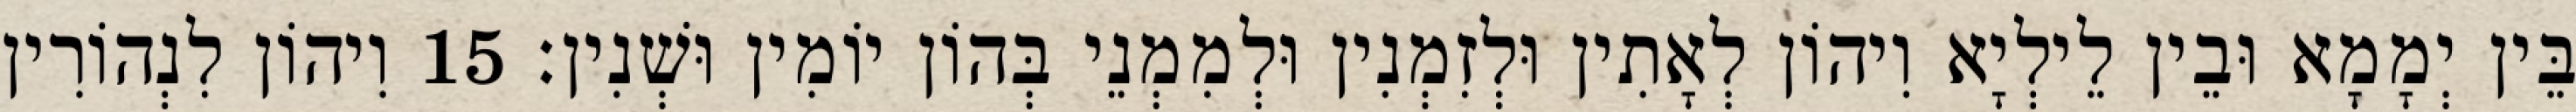
בֵּין יְמָמָא וּבֵין לֵילְיָא וִיהוֹן לְאָתִין וּלְזִמְנִין וּלְמִמְנֵי בְּהוֹן יוֹמִין וּשְׁנִין׃ 15 וִיהוֹן לִנְהוֹרִין